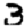
Digit: 3